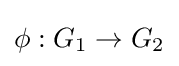
\phi :G_{1}\to G_{2}